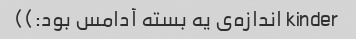
kinder اندازه‌ی یه بسته آدامس بود:))